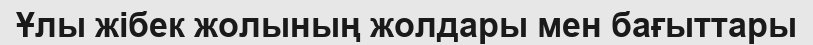
Ұлы жібек жолының жолдары мен бағыттары